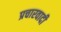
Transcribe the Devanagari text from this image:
प्रचारवादी